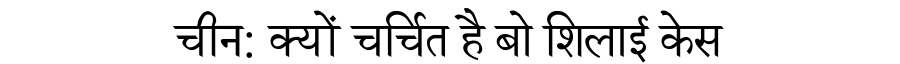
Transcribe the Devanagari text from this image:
चीन: क्यों चर्चित है बो शिलाई केस